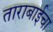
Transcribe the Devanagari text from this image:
ताराबाईचा